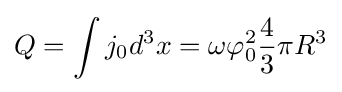
Q=\int j_{0}d^{3}x=\omega \varphi _{0}^{2}{\frac {4}{3}}\pi R^{3}